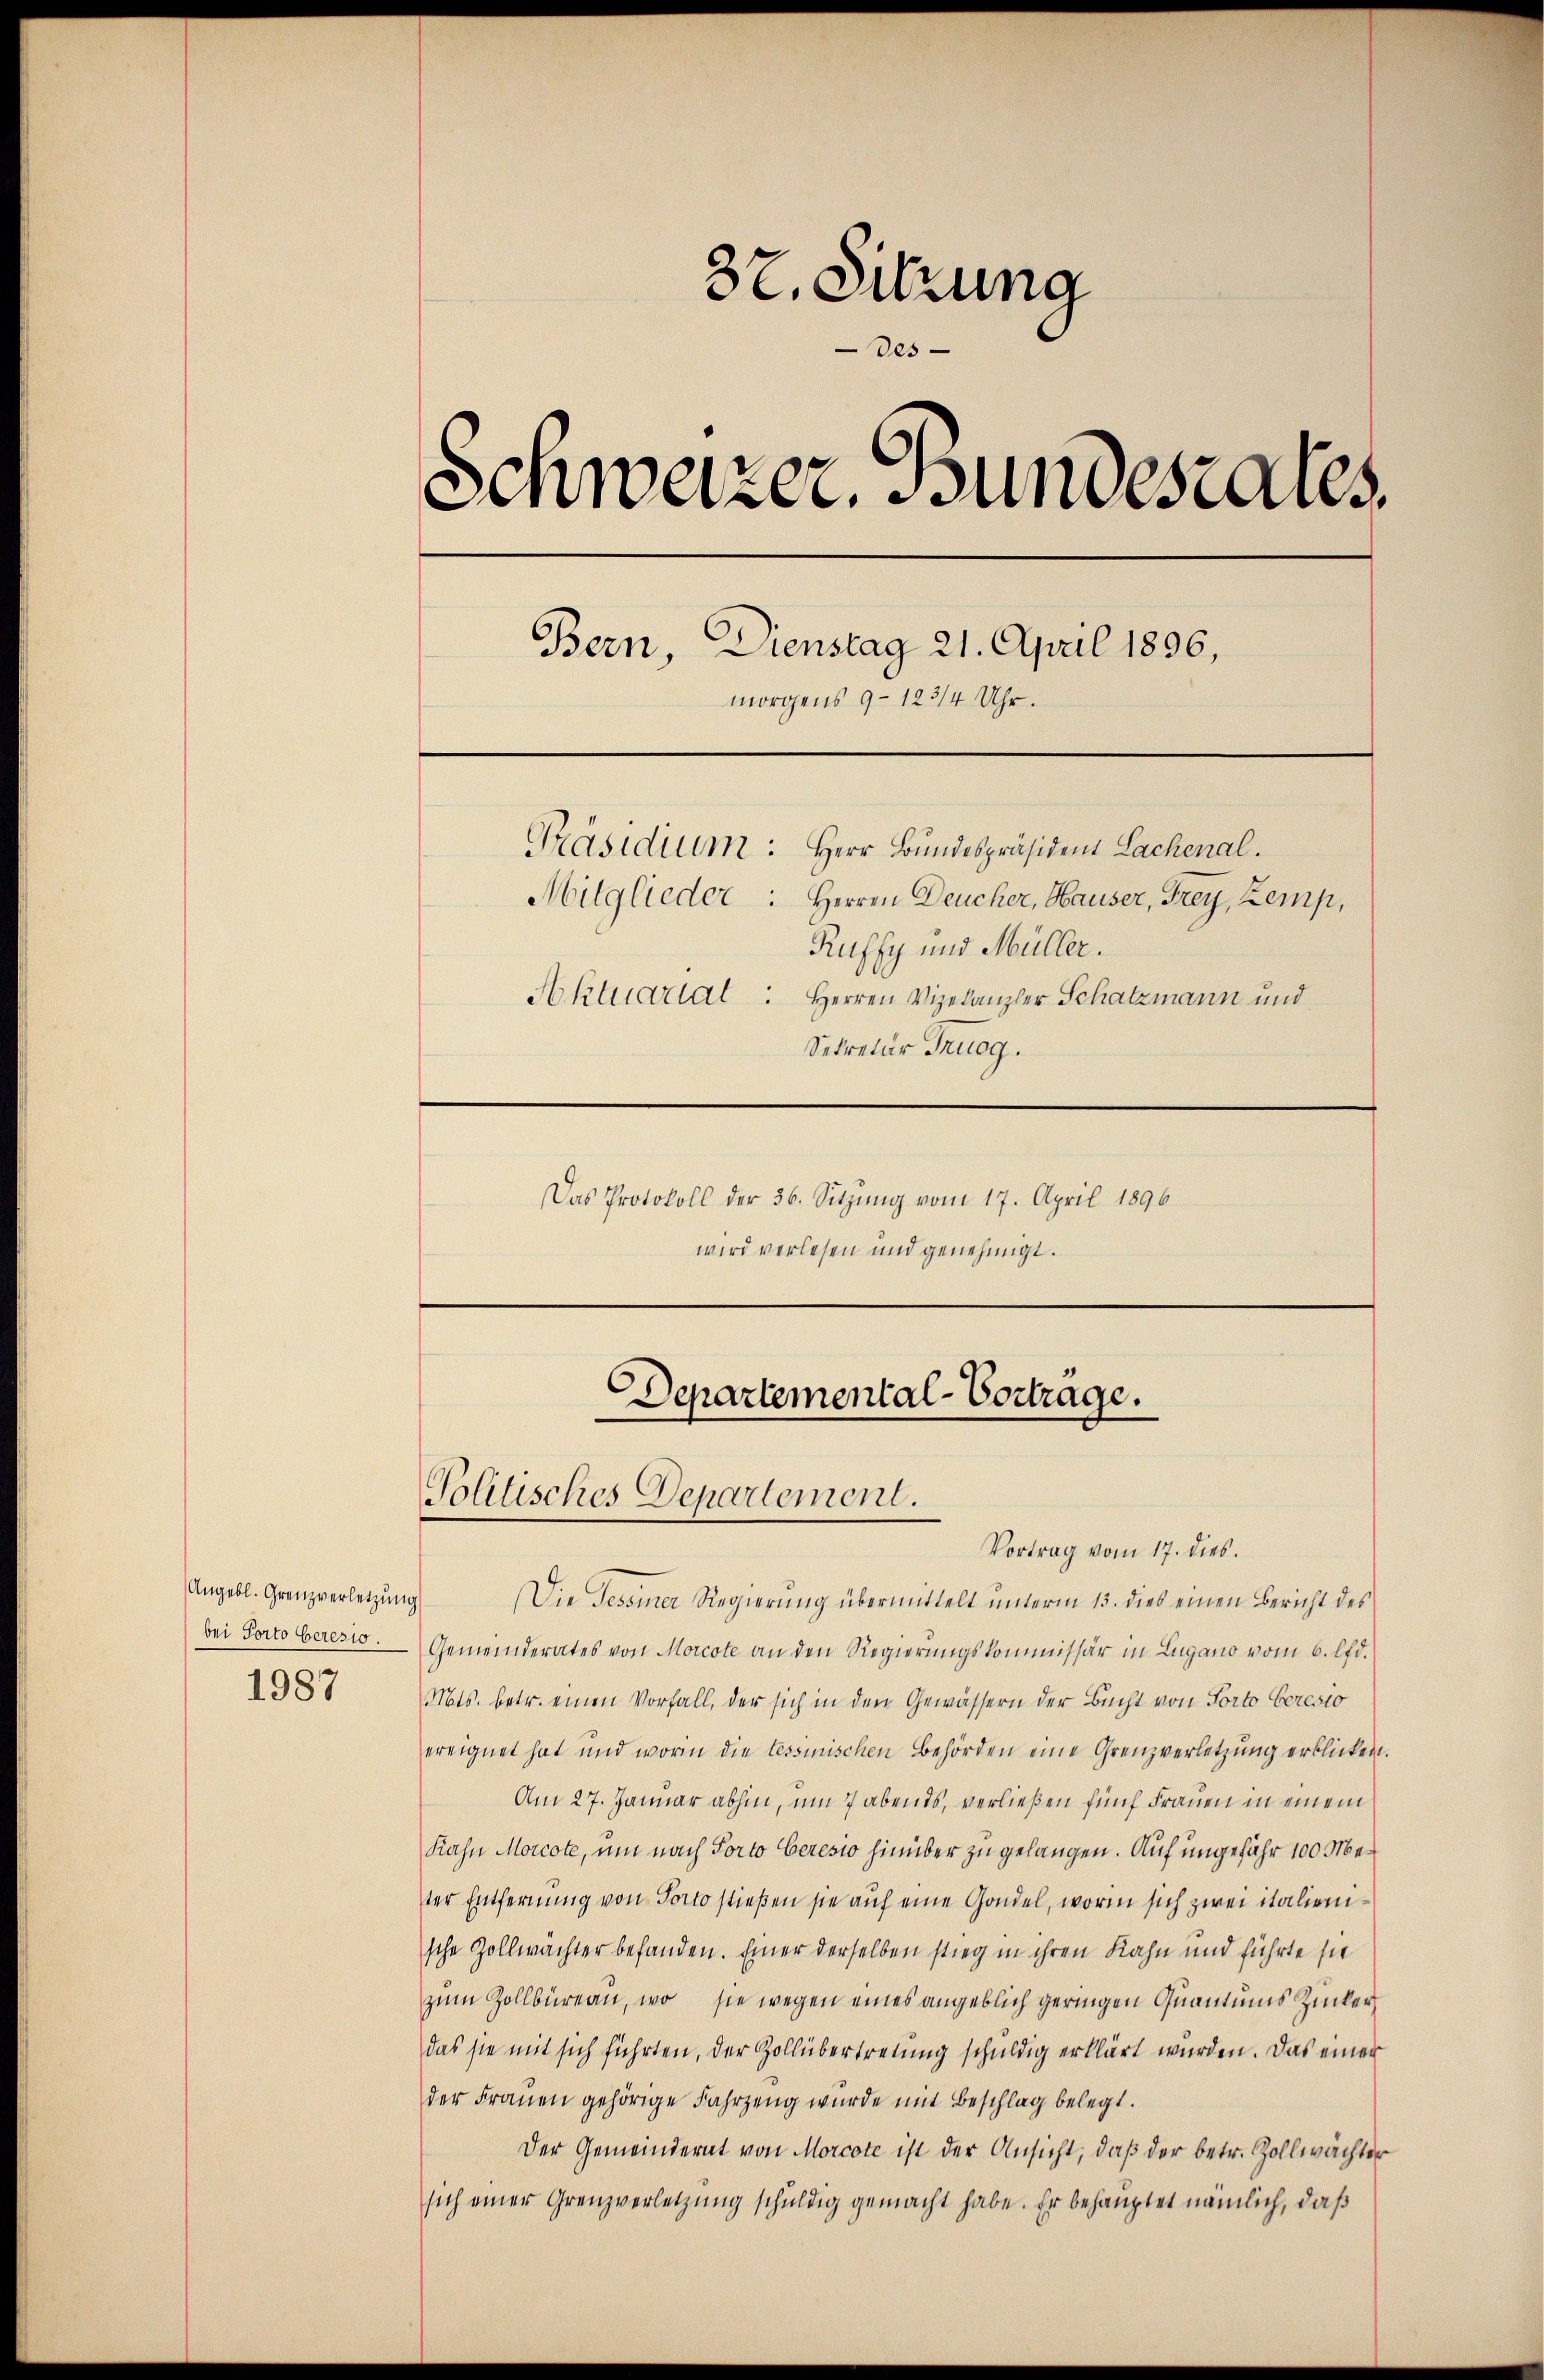
Angebl. Grenzverletzung
bei Porto beresig

1987

37. Sitzung
Des
Schweizer. Bundesaus
Bern, Dienstag 21. April 1896,
morgens 9–123/4 Uhr.
Präsidium: Herr Bundespräsident Lachenal.
Mitglieder: Herren Deucher, Hauser, Frey, Zemp,
Ruffy und Müller.
Aktuartal: Herren Vizelanzler Schatzmann und
Sekretär Trugg.
Das Protokoll der 36. Sitzŭng vom 17. April 1896

wird verlesen und genehmigt.

Departemental-Vortrage.
Politisches Departement.
Vortrag vom 17. dies.

Die Tessiner Regierung übermittelt unterm 13. dies einen Bericht des
Gemeinderates von Morcote an den Regierungskommissär in Lugano vom 6. lfd.
Mts. betr. einen Vorfall, der sich in den Gewässern der Bucht von Porto Ceresio
ereignet hat und worin die tessinischen Behörden eine Grenzverletzung erblicken.
Am 27. Januar abhin, um 7 abends, verließen fünf Frauen in einem
Kahn Morcote, um nach Porto Ceresio hinüber zu gelangen. Auf ungefähr 100 Meter Entfernung von Porto stießen sie auf eine Gandel, worin sich zwei italienische Zollwächter befanden. Einer derselben stieg in ihren Kahn und führte sie
zum Zollbüreau, wo sie wegen eines angeblich geringen Quantums Zuker
das sie mit sich führten, der Zollübertretung schuldig erklärt wurden. Das einer
der Frauen gehörige Fahrzeug wurde mit Beschlag belegt.
Der Gemeinderat von Morcote ist der Ansicht, daβ der betr. Zollwächter
sich einer Grenzverletzung schuldig gemacht habe. Er behauptet nämlich, daß